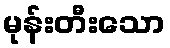
မုန်းတီးသော